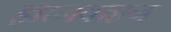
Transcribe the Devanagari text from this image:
ज्ञानवाहन